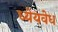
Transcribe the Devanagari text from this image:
ध्येयवेध